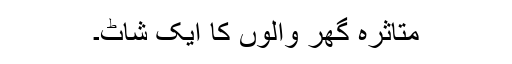
متاثرہ گھر والوں کا ایک شاٹ۔